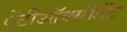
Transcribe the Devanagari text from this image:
ऐंटीऑक्सीडेंट